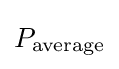
P_{\text{average}}